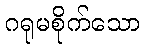
ဂရုမစိုက်သော